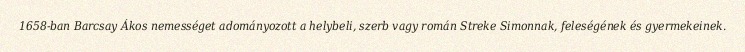
1658-ban Barcsay Ákos nemességet adományozott a helybeli, szerb vagy román Streke Simonnak, feleségének és gyermekeinek.